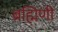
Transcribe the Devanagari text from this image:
ब्रह्मिणी